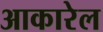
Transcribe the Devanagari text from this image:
आकारेल